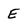
Character: E